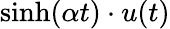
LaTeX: \sinh(\alpha t)\cdot u(t)